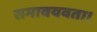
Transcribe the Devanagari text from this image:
समावयवता।